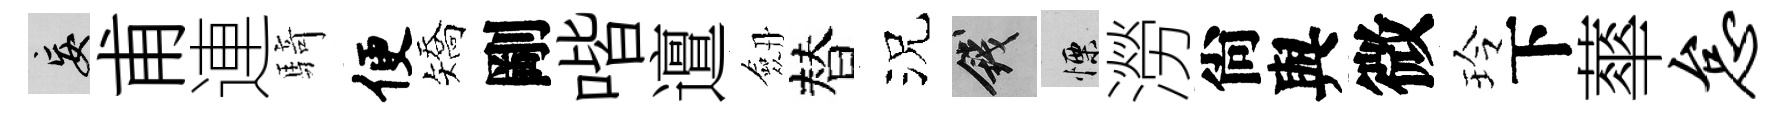
妄甫連騎便矯剛喈邅劔替況錢慄澇尙與微玲下蕐怠